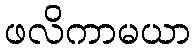
ဖလိကာမယာ